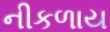
નીકળાય